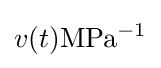
v(t){\rm {MPa^{-1}}}